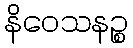
နိဝေသနဉ္စ